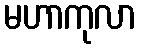
မဟာကုလာ